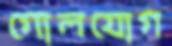
গোলযোগ